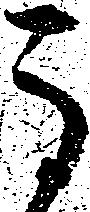
馬